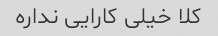
کلا خیلی کارایی نداره